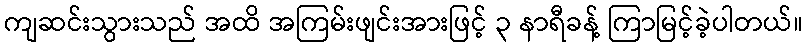
ကျဆင်းသွားသည် အထိ အကြမ်းဖျင်းအားဖြင့် ၃ နာရီခန့် ကြာမြင့်ခဲ့ပါတယ်။